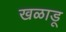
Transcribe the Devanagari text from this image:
खळाडू